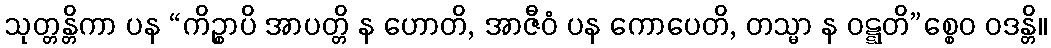
သုတ္တန္တိကာ ပန “ကိဉ္စာပိ အာပတ္တိ န ဟောတိ, အာဇီဝံ ပန ကောပေတိ, တသ္မာ န ဝဋ္ဋတိ”စ္စေဝ ဝဒန္တိ။